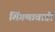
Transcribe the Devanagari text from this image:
शिंगणावाडी